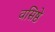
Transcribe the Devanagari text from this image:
वसिष्ठे